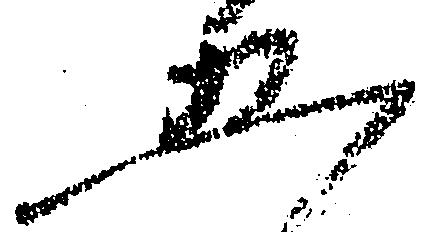
五